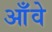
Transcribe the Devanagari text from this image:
आँवे